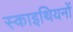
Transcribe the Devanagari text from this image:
स्काइथियनों